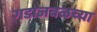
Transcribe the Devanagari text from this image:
गडाजवळच्या